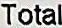
TOTAL